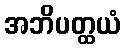
အဘိပတ္ထယံ